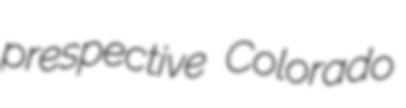
prespective Colorado